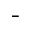
-